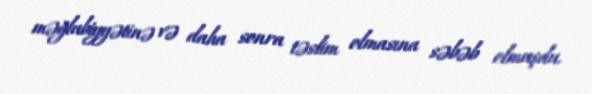
məğlubiyyətinə və daha sonra təslim olmasına səbəb olmuşdu.